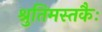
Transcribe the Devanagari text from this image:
श्रुतिमस्तकैः